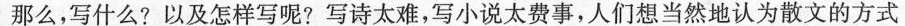
那么，写什么?以及怎样写呢?写诗太难，写小说太费事，人们想当然地认为散文的方式